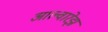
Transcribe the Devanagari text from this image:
आल्वारेझ